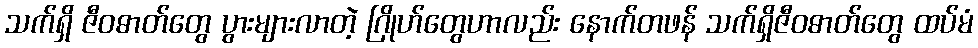
သက်ရှိ ဇီဝဓာတ်တွေ ပွားများလာတဲ့ ဂြိုဟ်တွေဟာလည်း နောက်တဖန် သက်ရှိဇီဝဓာတ်တွေ ထပ်မံ